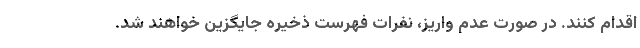
اقدام کنند. در صورت عدم واریز، نفرات فهرست ذخیره جایگزین خواهند شد.